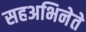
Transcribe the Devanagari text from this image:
सहअभिनेते